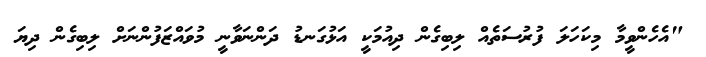
"އެހެންވީމާ މިކަހަލަ ފުރުސަތެއް ލިބިގެން ދިއުމަކީ އަޅުގަނޑު ދަންނަވާނީ މުވައްޒަފުންނަށް ލިބިގެން ދިޔަ